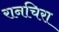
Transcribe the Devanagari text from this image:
रानचिरा